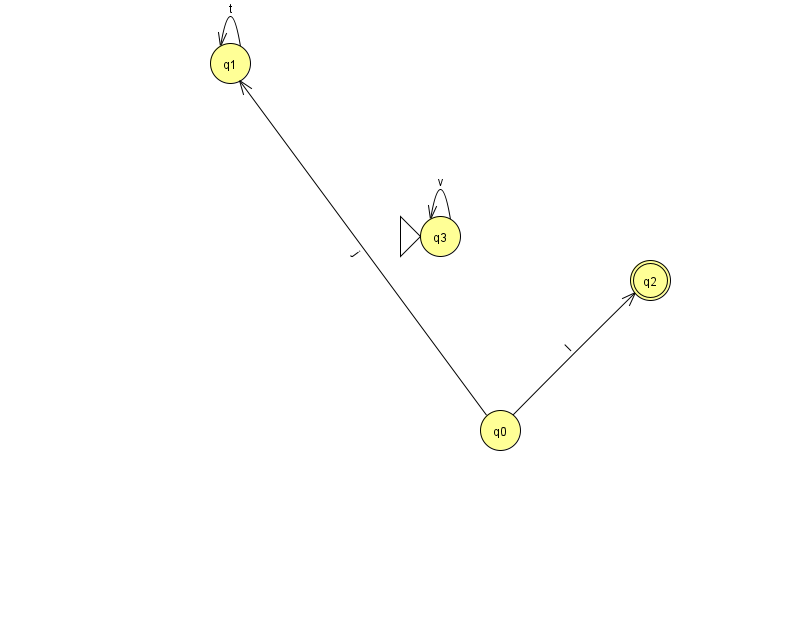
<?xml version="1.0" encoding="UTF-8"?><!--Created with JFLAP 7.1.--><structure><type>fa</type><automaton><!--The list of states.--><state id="0" name="q0"><x>500.0</x><y>417.0</y></state><state id="1" name="q1"><x>230.0</x><y>50.0</y></state><state id="2" name="q2"><x>650.0</x><y>267.0</y><final/></state><state id="3" name="q3"><x>440.0</x><y>223.0</y><initial/></state><!--The list of transitions.--><transition><from>1</from><to>1</to><read>t</read></transition><transition><from>3</from><to>3</to><read>v</read></transition><transition><from>0</from><to>2</to><read>I</read></transition><transition><from>0</from><to>1</to><read>j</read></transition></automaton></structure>